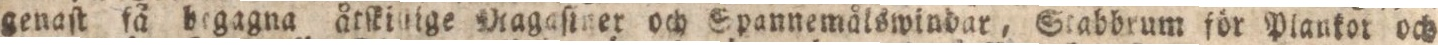
genaſt få begagna åtſkillige Magaſiner och Spannemålswindar, Stabbrum för Plankor och